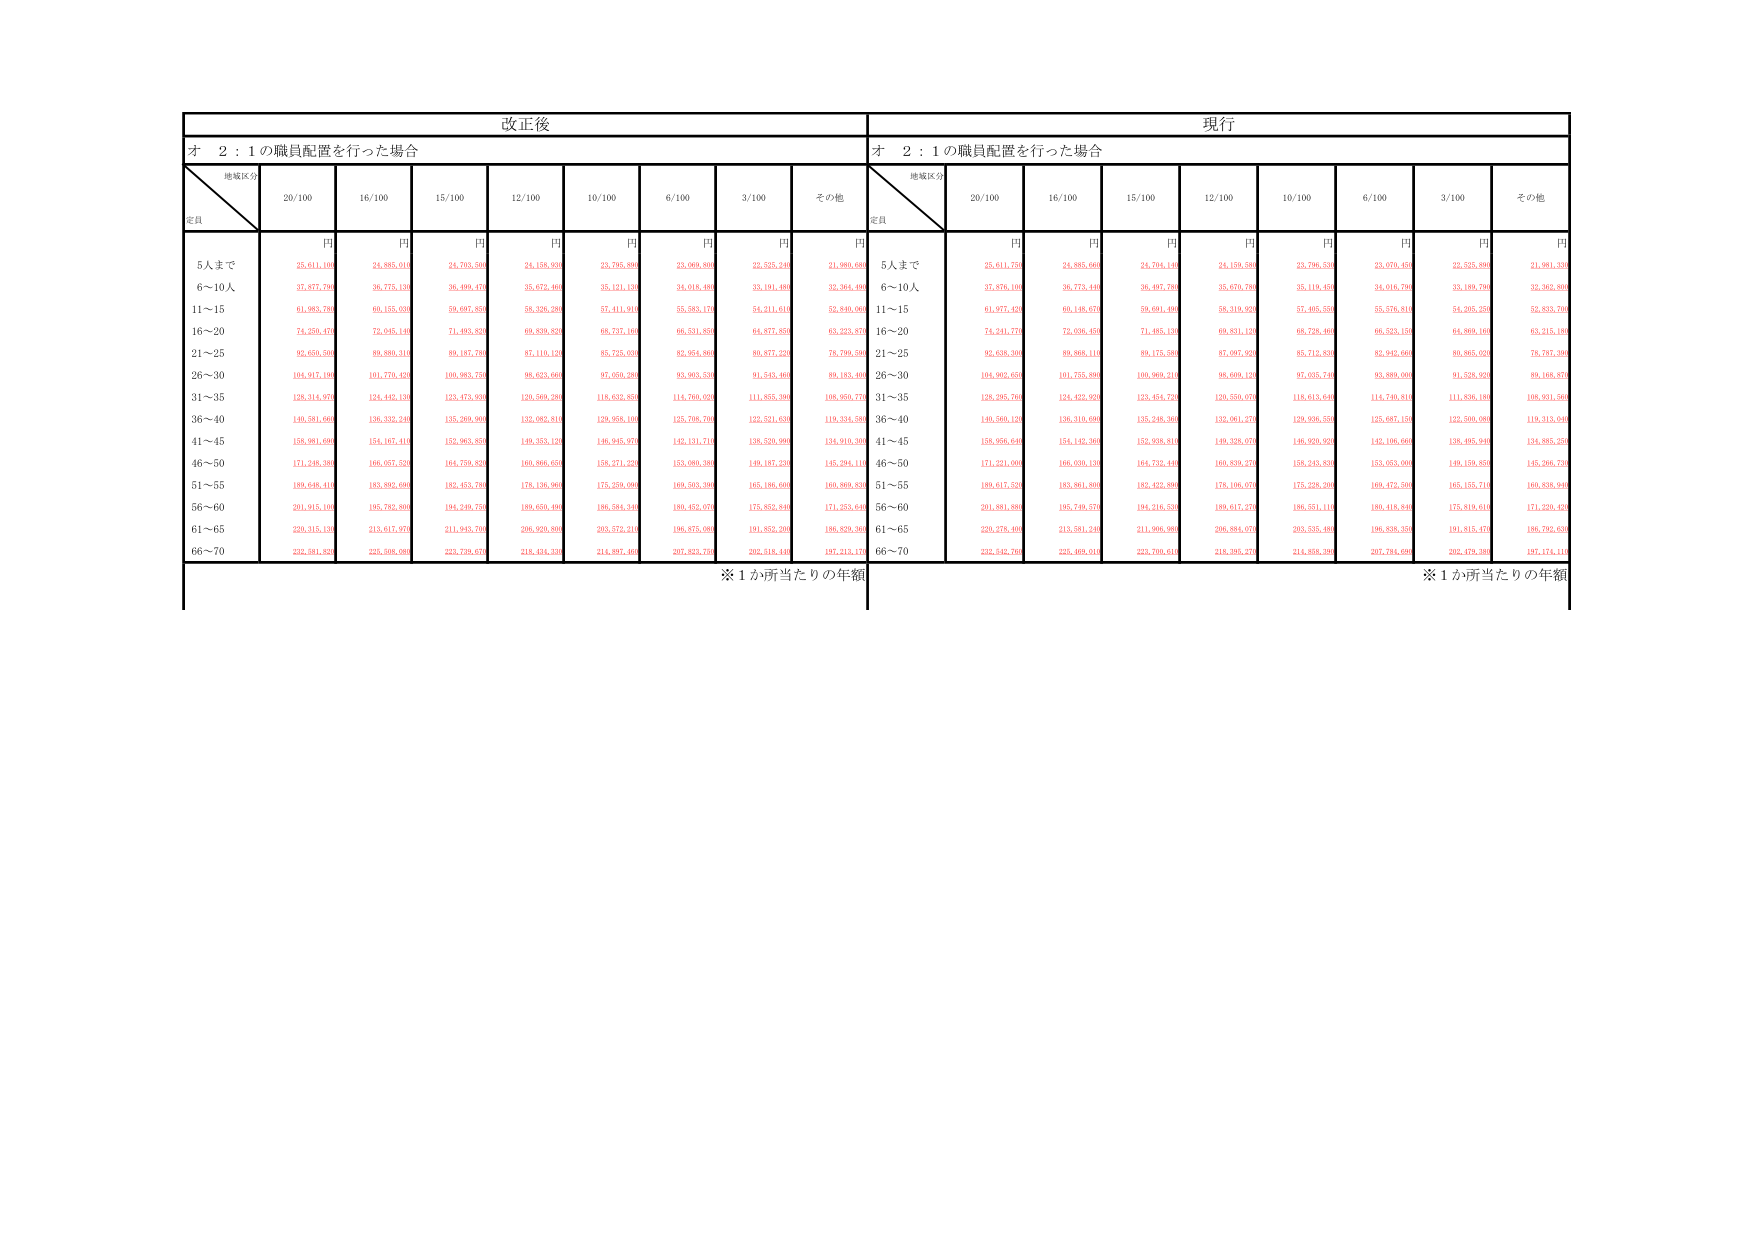
改正後
現行
オ 2：1の職員配置を行った場合
オ 2：1の職員配置を行った場合
地域区分
定員
20/100
16/100
15/100
12/100
10/100
6/100
3/100
その他
地域区分
定員
20/100
16/100
15/100
12/100
10/100
6/100
3/100
その他
円
円
円
円
円
円
円
円
円
円
円
円
円
円
円
円
円
円
5人まで
25,611,100
24,885,910
24,763,590
24,158,930
23,795,800
23,069,800
22,525,240
21,980,600
5人まで
25,611,750
24,885,660
24,761,140
24,159,580
23,796,530
23,070,450
22,525,900
21,981,330
6～10人
37,877,700
36,775,130
36,499,470
35,672,460
35,121,130
34,018,480
33,191,480
32,364,400
6～10人
37,876,100
36,773,440
36,497,780
35,670,780
35,119,450
34,016,790
33,190,790
32,363,800
11～15
61,983,780
60,155,030
59,697,850
58,326,280
57,411,910
55,583,170
54,211,610
52,840,060
11～15
61,977,420
60,148,670
59,691,490
58,319,920
57,405,550
55,576,810
54,205,250
52,833,700
16～20
74,250,470
72,045,140
71,483,820
69,839,830
68,737,160
66,531,850
64,877,850
63,223,870
16～20
74,241,770
72,036,450
71,485,130
69,831,120
68,728,460
66,523,150
64,869,160
63,215,190
21～25
92,650,500
89,880,310
89,187,780
87,110,120
85,725,030
82,954,880
80,877,220
78,799,590
21～25
92,638,300
89,868,110
89,175,580
87,097,920
85,712,830
82,942,660
80,865,000
78,787,390
26～30
104,917,190
101,770,420
100,983,750
98,653,660
97,059,280
93,903,530
91,543,460
89,183,400
26～30
104,905,650
101,755,880
100,969,210
98,609,120
97,035,740
93,880,000
91,528,900
89,168,870
31～35
128,314,970
124,442,130
123,473,950
120,569,280
118,632,850
114,760,020
111,855,380
108,950,770
31～35
128,295,760
124,422,920
123,454,720
120,550,070
118,613,640
114,740,810
111,836,180
108,931,560
36～40
140,581,660
136,332,240
135,269,960
132,082,810
129,958,100
125,708,700
122,521,630
119,334,580
36～40
140,560,120
136,310,690
135,248,360
132,061,270
129,936,550
125,687,150
122,500,090
119,313,040
41～45
158,061,690
154,167,410
152,963,850
149,353,120
146,945,970
142,131,710
138,520,990
134,910,300
41～45
158,056,640
154,142,360
152,938,810
149,328,070
146,920,920
142,106,660
138,495,940
134,885,250
46～50
171,246,380
166,087,520
164,759,820
160,866,650
158,271,220
153,080,380
149,187,230
145,294,110
46～50
171,221,060
166,050,130
164,732,440
160,839,270
158,243,850
153,053,000
149,159,850
145,266,730
51～55
189,648,410
183,892,660
182,453,780
178,136,960
175,259,090
169,503,360
165,186,600
160,869,830
51～55
189,617,520
183,861,800
182,422,890
178,106,070
175,228,200
169,472,500
165,155,710
160,838,940
56～60
201,915,100
195,782,800
194,249,750
189,650,400
186,584,340
180,452,070
175,852,840
171,253,640
56～60
201,881,880
195,749,570
194,216,530
189,617,270
186,551,110
180,418,840
175,819,610
171,220,420
61～65
220,318,130
213,617,970
211,943,700
206,950,800
203,572,410
196,875,080
191,882,200
186,889,360
61～65
220,278,460
213,581,240
211,906,980
206,984,070
203,535,480
196,838,350
191,815,470
186,792,630
66～70
232,581,820
225,508,080
223,738,670
218,434,330
214,897,460
207,823,750
202,518,440
197,213,170
66～70
232,542,760
225,469,010
223,700,610
218,395,270
214,858,390
207,784,690
202,479,390
197,174,110
※1か所当たりの年額
※1か所当たりの年額